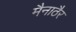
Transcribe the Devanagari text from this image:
मैनाठैर